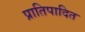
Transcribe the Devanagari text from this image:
प्रातिपादित